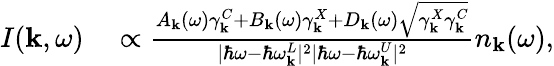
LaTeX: \begin{array}{rl}{I({\mathbf k},\omega)}&{{}\propto\frac{A_{\mathbf k}(\omega)\gamma_{\mathbf k}^{C}+B_{\mathbf k}(\omega)\gamma_{\mathbf k}^{X}+D_{\mathbf k}(\omega)\sqrt{\gamma_{\mathbf k}^{X}\gamma_{\mathbf k}^{C}}}{|\hbar\omega-\hbar\omega_{\mathbf k}^{L}|^{2}|\hbar\omega-\hbar\omega_{\mathbf k}^{U}|^{2}}n_{\mathbf k}(\omega),}\end{array}